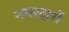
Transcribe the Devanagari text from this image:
नगरद्वारों